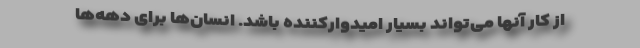
از کار آنها می‌تواند بسیار امیدوارکننده باشد. انسان‌ها برای دهه‌ها